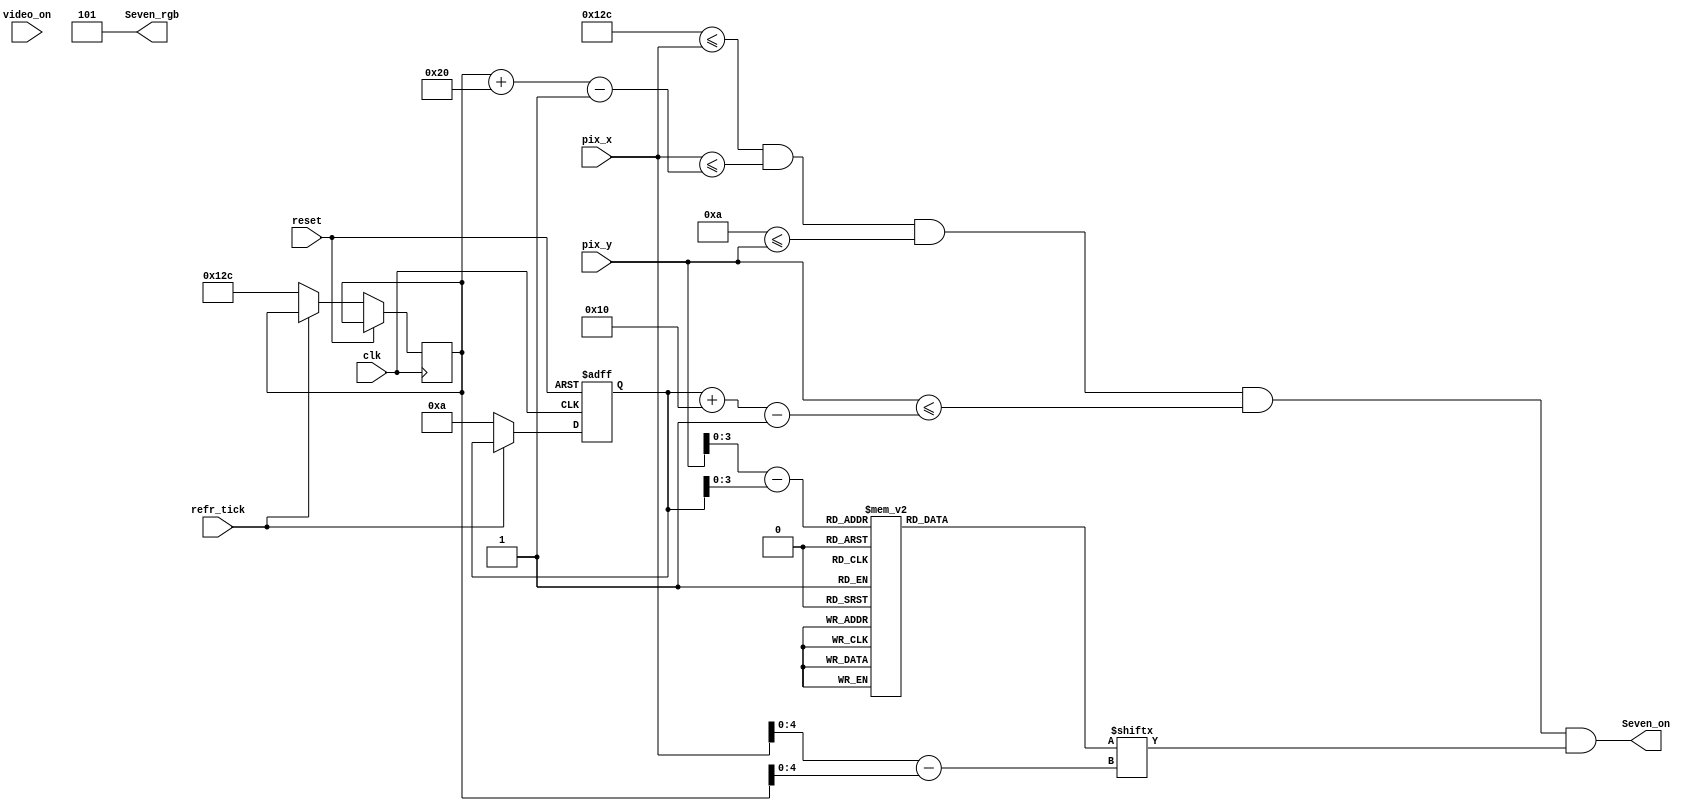
module Seven_4(clk, reset,video_on, refr_tick,pix_x,pix_y,Seven_on,Seven_rgb);
    input clk, reset;
    input video_on, refr_tick;
    input [9:0] pix_x;
    input [9:0] pix_y;
    output Seven_on;
    output [2:0] Seven_rgb;

  
  //--------------------------------------------
   // Seven Logo
   //--------------------------------------------
   wire [3:0] Seven_rom_addr; 
	wire [4:0] Seven_rom_col;
   reg [31:0] Seven_rom_data;
   wire Seven_rom_bit,Seven_Logo_on, Logo_on ;
   //--------------------------------------------
   // Seven Logo Positioning
   //--------------------------------------------
   // Logo Position left, Top boundary
   localparam Seven_X_L = 300;
	localparam Seven_X_R = 331;
   localparam Seven_X_T = 10;
	localparam Seven_X_B = 25;
   
   localparam Seven_Logo_x = 32;
   localparam Seven_Logo_y = 16;

	 // Seven left, right boundary
   wire [9:0] Seven_x_l, Seven_x_r;
   // Seven top, bottom boundary
   wire [9:0] Seven_y_t, Seven_y_b;
   // reg to track left, top position
   reg [9:0] Seven_x_reg, Seven_y_reg;
   wire [9:0] Seven_x_next, Seven_y_next; 

	// body
   //--------------------------------------------
   // Seven Logo
   //--------------------------------------------
   always @*							    
   case (Seven_rom_addr)
      6'h0: Seven_rom_data = 32'b00000011111111111111111111100000; //   ****
      6'h1: Seven_rom_data = 33'b00000011111111111111111111100000; //  ******
      6'h2: Seven_rom_data = 32'b00000000000000000000000011100000; // ********
      6'h3: Seven_rom_data = 32'b00000000000000000000000111000000; // ********
      6'h4: Seven_rom_data = 32'b00000000000000000000000111000000; // ********
      6'h5: Seven_rom_data = 32'b00000000000000000000001110000000; // ********
      6'h6: Seven_rom_data = 32'b00000000000000000000011100000000; //  ******
      6'h7: Seven_rom_data = 32'b00000000000000000000011100000000; //   ****
	 6'h8: Seven_rom_data = 32'b00000000000000000000111000000000; //   ****
      6'h9: Seven_rom_data = 32'b00000000000000000001110000000000; //  ******
      6'hA: Seven_rom_data = 32'b00000000000000000001110000000000; // ********
      6'hB: Seven_rom_data = 32'b00000000000000000011100000000000; // ********
      6'hC: Seven_rom_data = 32'b00000000000000000111000000000000; // ********
      6'hD: Seven_rom_data = 32'b00000000000000000111000000000000; // ********
      6'hE: Seven_rom_data = 32'b00000000000000001110000000000000; //  ******
      6'hF: Seven_rom_data = 32'b00000000000000011100000000000000; //   ****

   endcase

    //------------------------------------------
	 // Register for Seven logo
	 //------------------------------------------
	  // registers
   always @(posedge clk, posedge reset)
      if (reset)
         begin
           
			Seven_y_reg <= 0;
            
         end
      else
         begin
            
		   	Seven_x_reg <= Seven_x_next;
		   	Seven_y_reg <= Seven_y_next;
            
         end


	//--------------------------------------------
   // Seven Logo
   //--------------------------------------------
   // boundary
   assign Seven_x_l = Seven_x_reg;
   assign Seven_y_t = Seven_y_reg;
   assign Seven_x_r = Seven_x_l + Seven_Logo_x - 1;
   assign Seven_y_b = Seven_y_t + Seven_Logo_y - 1;
   // pixel within logo
   assign Logo_on =
            (Seven_X_L<=pix_x) && (pix_x<=Seven_x_r) &&
            (Seven_X_T<=pix_y) && (pix_y<=Seven_y_b);

	  //assign Logo_on =
     //       (Seven_x_l<=Seven_X_L) && (pix_x<=Seven_x_r) &&
     //       (Seven_y_t<=Seven_X_T) && (pix_y<=Seven_y_b);
   // map current pixel location to ROM addr/col
   assign Seven_rom_addr = pix_y[3:0] - Seven_y_t[3:0];
   assign Seven_rom_col = pix_x[4:0] - Seven_x_l[4:0];
   assign Seven_rom_bit = Seven_rom_data[Seven_rom_col];
   // pixel within logo
   assign Seven_on = (Logo_on & Seven_rom_bit);
   assign Seven_rgb = 3'b101; 
   
   //  assign Seven_x_next = (refr_tick)?  Seven_x_reg + 1'b1:Seven_x_reg;
   //	 assign Seven_y_next = (refr_tick) ? Seven_y_reg + 1'b1:Seven_y_reg;
   assign Seven_x_next = (refr_tick) ?  Seven_x_reg: Seven_X_L;
   assign Seven_y_next = (refr_tick) ? Seven_y_reg : Seven_X_T ;



endmodule